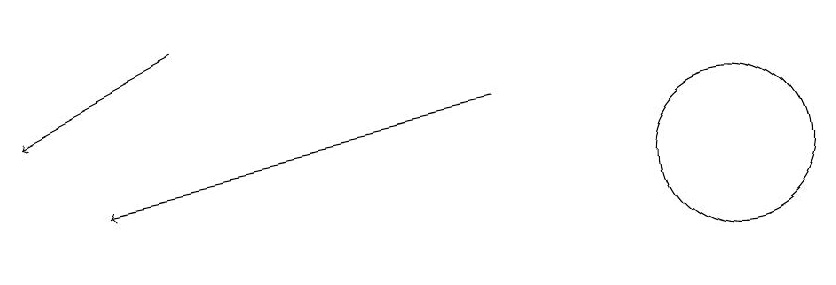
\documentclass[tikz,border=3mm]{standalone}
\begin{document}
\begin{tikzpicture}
\draw[->] (9,11) -- (4,10);
\draw[->] (5,12) -- (3,11);
\draw (12,10) circle (1);
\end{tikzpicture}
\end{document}